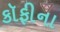
કૉફીના